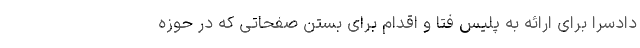
دادسرا برای ارائه به پلیس فتا و اقدام برای بستن صفحاتی که در حوزه